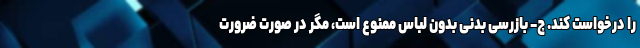
را درخواست کند. چ- بازرسی بدنی بدون لباس ممنوع است، مگر در صورت ضرورت